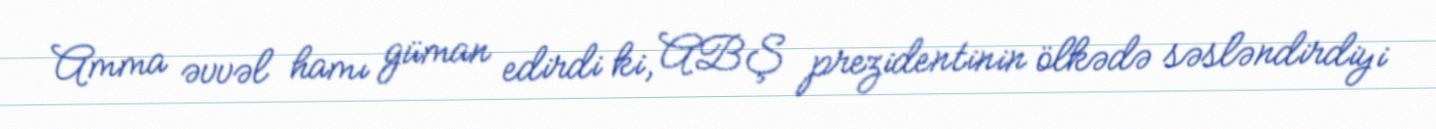
Amma əvvəl hamı güman edirdi ki, ABŞ prezidentinin ölkədə səsləndirdiyi